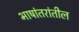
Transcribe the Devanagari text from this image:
भाषांतरांतील